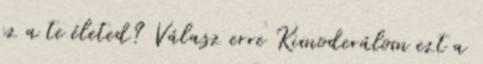
ez a te életed? Válasz erre Kimoderálom ezt a